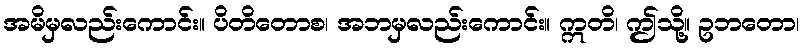
အမိမှလည်းကောင်း။ ပိတိတောစ၊ အဘမှလည်းကောင်း။ ဣတိ၊ ဤသို့။ ဥဘတော၊